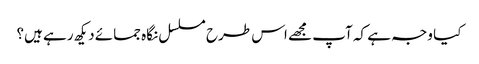
کیا وجہ ہے کہ آپ مجھے اس طرح مسلسل نگاہ جمائے دیکھ رہے ہیں؟